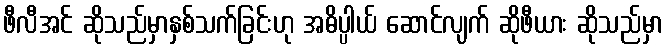
ဖီလီအင် ဆိုသည်မှာနှစ်သက်ခြင်းဟု အဓိပ္ပါယ် ဆောင်လျက် ဆိုဖီယား ဆိုသည်မှာ